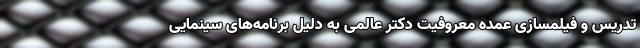
تدریس و فیلمسازی عمده معروفیت دکتر عالمی به دلیل برنامه‌های سینمایی